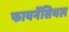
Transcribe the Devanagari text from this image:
फायनेंसियल